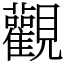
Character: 觀